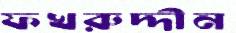
ফখরুদ্দীন